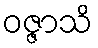
ဝဇ္ဇာသိ